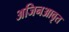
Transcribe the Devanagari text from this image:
अजिनआवृत